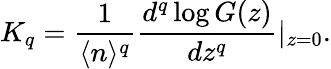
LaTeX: K_{q}=\frac{1}{\langle n\rangle^{q}}\frac{d^{q}\log G(z)}{dz^{q}}\vert_{z=0}.